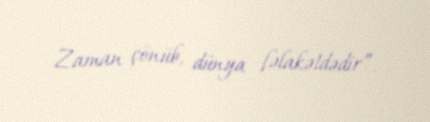
Zaman çönüb, dünya fəlakətdədir”.